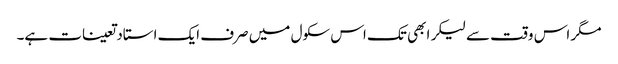
مگر اس وقت سے لیکر ابھی تک اس سکول میں صرف ایک استاد تعینات ہے۔